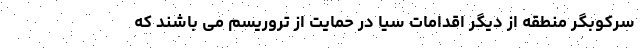
سرکوبگر منطقه از دیگر اقدامات سیا در حمایت از تروریسم می باشند که